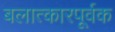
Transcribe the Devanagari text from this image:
बलात्कारपूर्वक